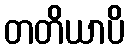
တတိယာပိ